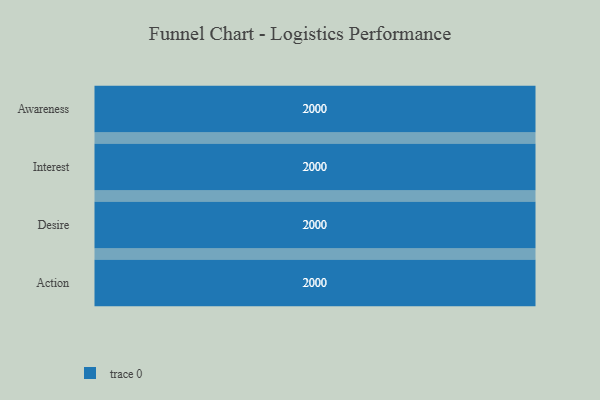
{"axis": {"x": "Stage", "y": "Value"}, "legend": [""], "data": [{"x": "Awareness", "y": 2000, "type": ""}, {"x": "Interest", "y": 2000, "type": ""}, {"x": "Desire", "y": 2000, "type": ""}, {"x": "Action", "y": 2000, "type": ""}]}